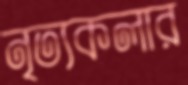
নৃত্যকলার